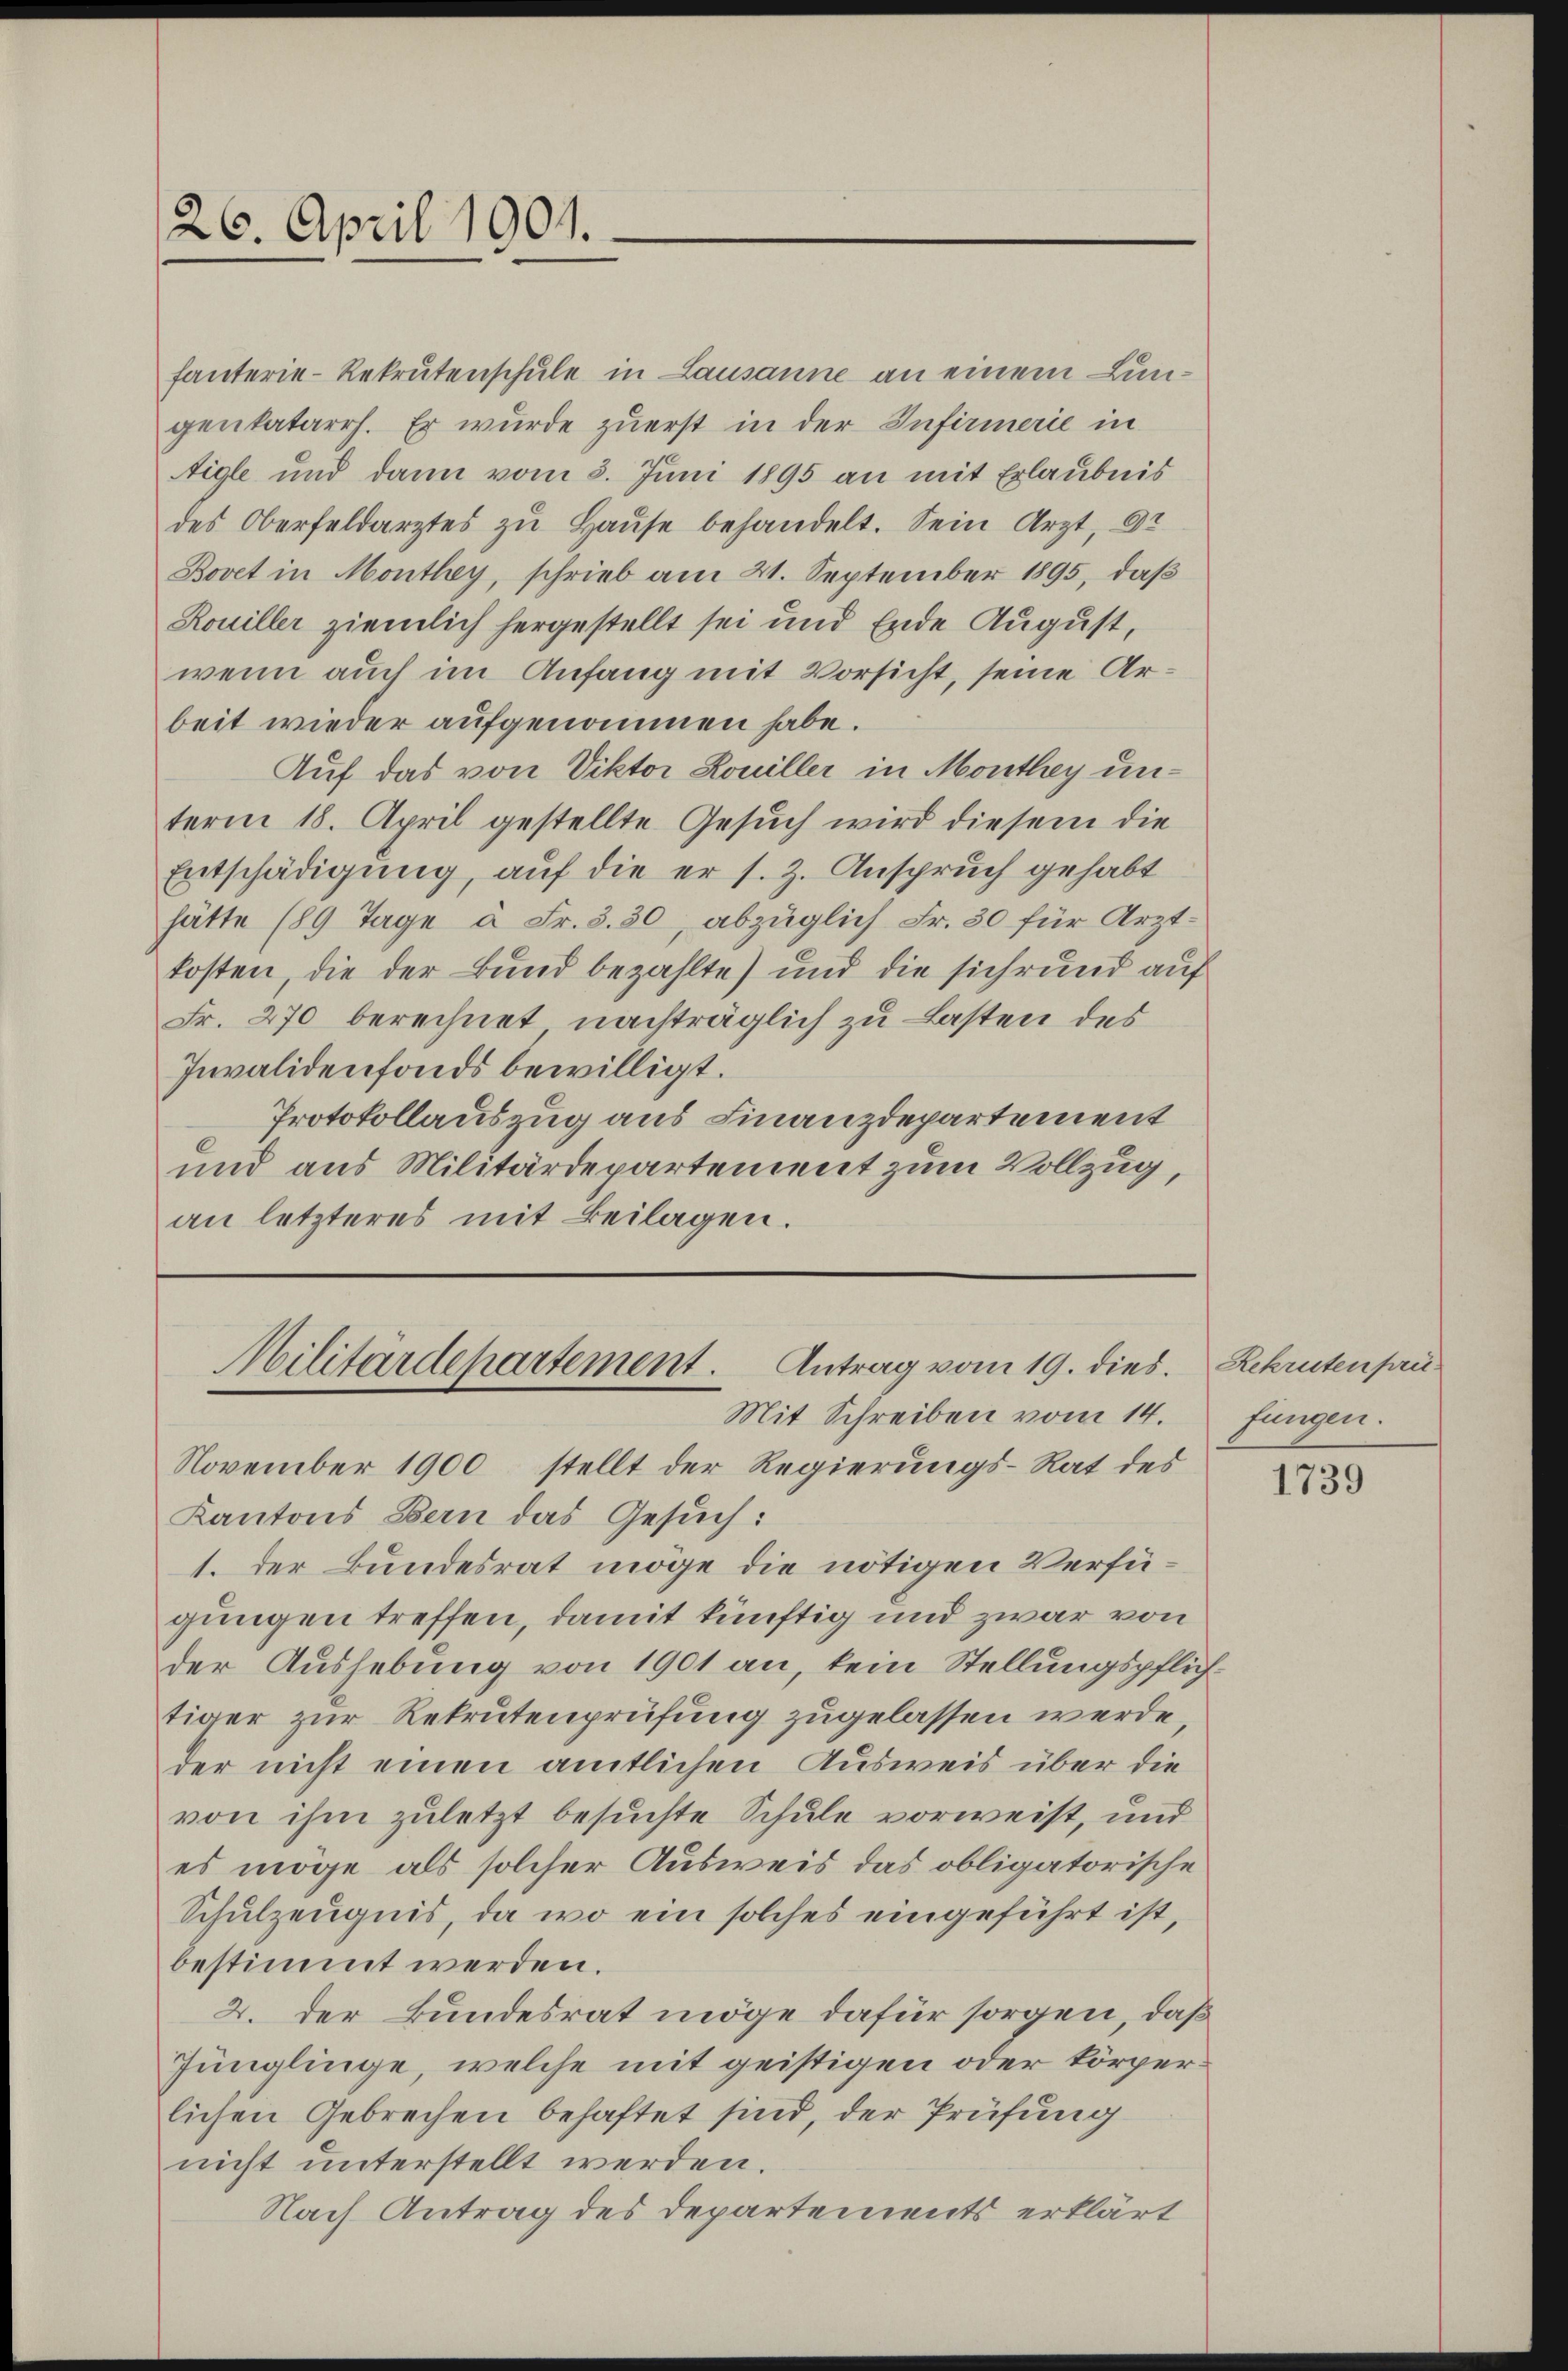
26. April 1901.

fanterie-Rekrutenschule in Lausanne an einem Lungenkatarrh. Er wurde zuerst in der Infirmerie in
tigle und dann vom 3. Juni 1895 an mit Erlaubnis
des Oberfeldarztes zŭ Haŭse behandelt. Sein Arzt, dr
Bovet in Monthey, schrieb am 21. September 1895, daß
Rouiller ziemlich hergestellt sei und Ende August,
wenn auch im Anfang mit Vorsicht, seine Arbeit wieder aufgenommen habe.
Auf das von Viktor Louiller in Monthey unterm 18. April gestellte Gesuch wird diesem die
Entschädigung, auf die er s. Z. Anspruch gehabt
hätte (89 Tage à Fr. 3. 30, abzüglich Fr. 30 für Arztkosten, die der Bund bezahlte) und die sich rund auf
Fr. 270 berechnet nachträglich zu Lasten des
Invalidenfonds bewilligt.
Protokollauszug aus Finanzdepartement
und aus Militärdepartement zum Vollzug,
an letzteres mit Beilagen.

Militärdepartement. Antrag vom 19. dies.
Mit Schreiben vom 14.

November 1900 stellt der Regierungs-Rat des
Kantons Bern das Gesuch:
1. Der Bundesrat möge die nötigen Verfügungen treffen, damit künftig und zwar von
der Aushebung von 1901 an, kein Stellungspflichtiver zur Rekrutenprüfung zugelassen werde,
der nicht einen amtlichen Ausweis über die
von ihm zuletzt besuchte Schule vorweist, und
es möge als solcher Ausweis das obligatorische
Schulzeŭgnis, da wo ein solches eingeführt ist,
bestimmt werden.
2. der Bundesrat möge dafür sorgen, daß
Jünglinge, welche mit geistigen oder körperlichen Gebrechen behaftet sind, der Prüfung
nicht unterstellt werden.
Nach Antrag des Departements erklärt

Rekruten prü
fungen.

1739